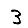
Digit: 3